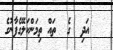
އަދި  ގެ  ތައް ތިމަންކަލޭގެފާނުގެ